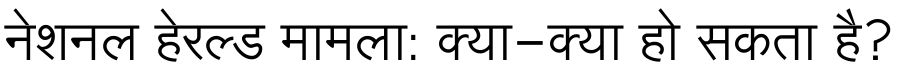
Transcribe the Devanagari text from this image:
नेशनल हेरल्ड मामला: क्या-क्या हो सकता है?